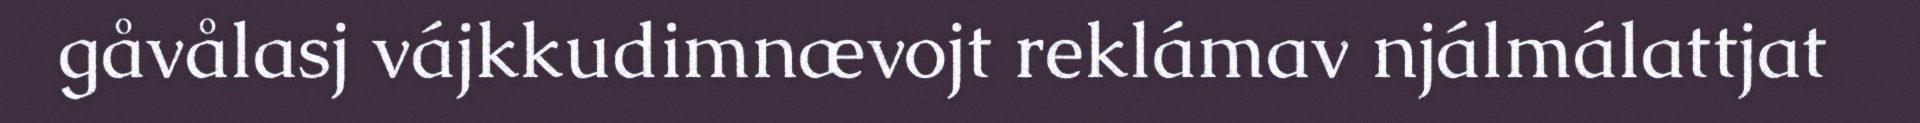
gåvålasj vájkkudimnævojt reklámav njálmálattjat